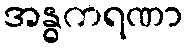
အန္ဓကရဏာ